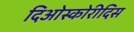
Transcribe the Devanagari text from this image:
दिओस्कोरीदिस